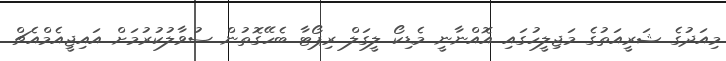
މިއަދުގެ ޝަރީއަތުގެ މަޖިލީހުގައި އޮއްނާނީ މެޑިކޯ ލީގަލް ރިޕޯޓާ ބެހޭގޮތުން ސުވާލުކުރުމަށް އައިޖީއެމްއެޗް